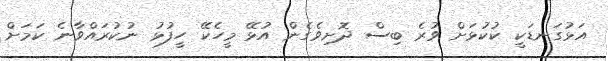
އަޅުގަނޑަކީ ކުކުޅަށް ވުރެ ބިސް ދޮށިވެގެން އުޅޭ މީހެކޭ ހީފުޅު ނުކުރައްވާނެ ކަމަށް